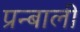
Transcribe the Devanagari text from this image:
प्रन्बाली